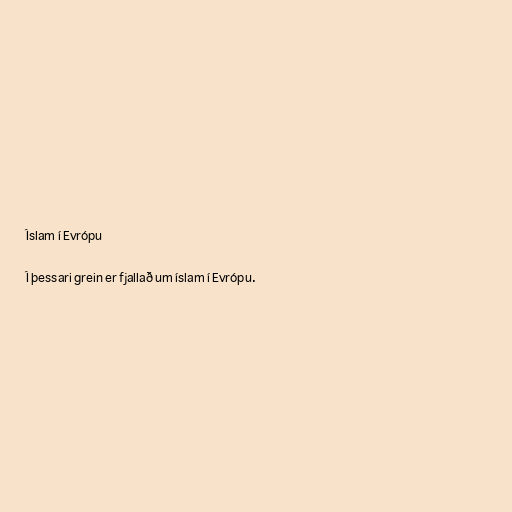
Íslam í Evrópu

Í þessari grein er fjallað um íslam í Evrópu.